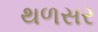
થળસર